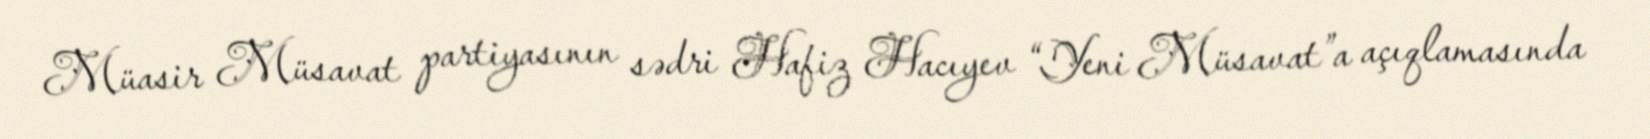
Müasir Müsavat partiyasının sədri Hafiz Hacıyev “Yeni Müsavat”a açıqlamasında